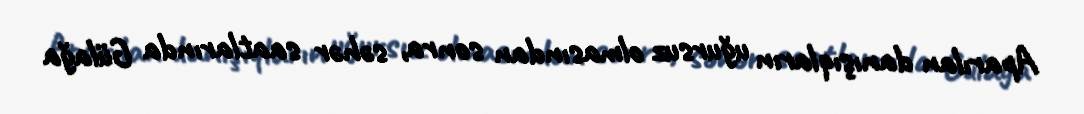
Aparılan danışıqların uğursuz olmasından sonra, səhər saatlarında Gülağa